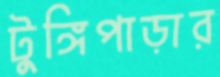
টুঙ্গিপাড়ার